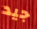
جيد